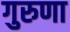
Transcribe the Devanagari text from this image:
गुरुणा